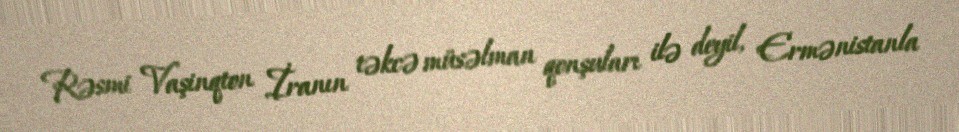
Rəsmi Vaşinqton İranın təkcə müsəlman qonşuları ilə deyil, Ermənistanla